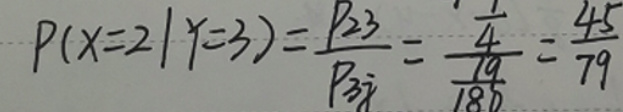
\[
P(X = 2|Y = 3)=\frac{p_{23}}{p_{3\dot{}}} =\frac{\frac{1}{4}}{\frac{19}{180}}=\frac{45}{79}
\]